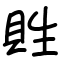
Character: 貹